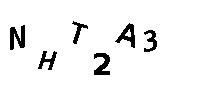
NHT2A3